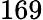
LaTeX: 169